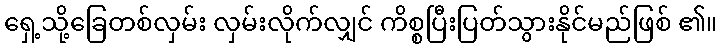
ရှေ့သို့ခြေတစ်လှမ်း လှမ်းလိုက်လျှင် ကိစ္စပြီးပြတ်သွားနိုင်မည်ဖြစ် ၏။